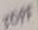
Text: 30PF